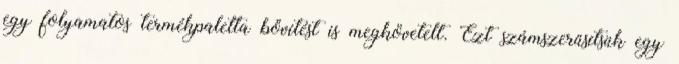
egy folyamatos termékpaletta bővítést is megkövetelt. Ezt számszerűsítsük egy